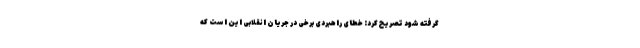
گرفته شود تصریح کرد: خطای راهبردی برخی در جریان انقلابی این است که